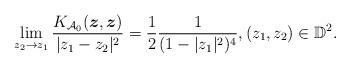
LaTeX: \begin{align*}\lim_{z_2\to z_1} \frac{K_{\mathcal A_0}(\boldsymbol z, \boldsymbol z)}{|z_1-z_2|^2}=\frac{1}{2} \frac{1}{(1-|z_1|^2)^4}, (z_1,z_2)\in \mathbb D^2.\end{align*}